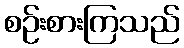
စဉ်းစားကြသည်